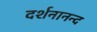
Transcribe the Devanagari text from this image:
दर्शनानन्‍द